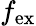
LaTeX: f_{\mathrm{ex}}